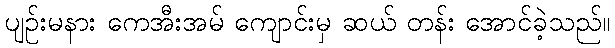
ပျဉ်းမနား ကေအီးအမ် ကျောင်းမှ ဆယ် တန်း အောင်ခဲ့သည်။